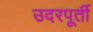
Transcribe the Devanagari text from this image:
उदरपूर्ती